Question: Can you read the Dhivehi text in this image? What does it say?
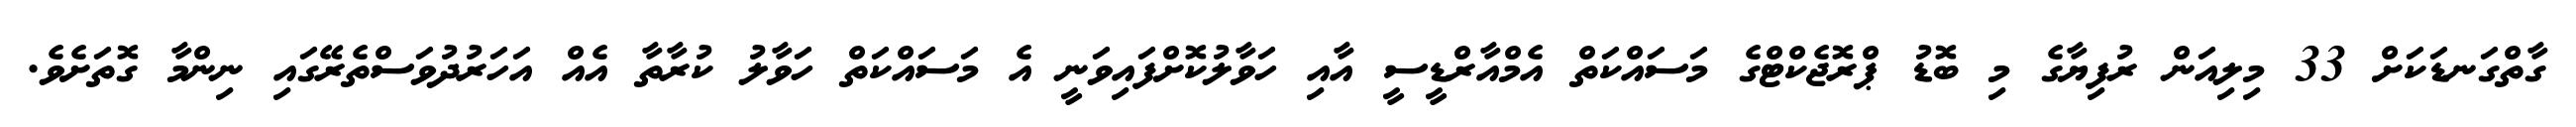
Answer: ގާތްގަނޑަކަށް 33 މިލިއަން ރުފިޔާގެ މި ބޮޑު ޕްރޮޖެކްޓްގެ މަސައްކަތް އެމްއާރްޑީސީ އާއި ހަވާލުކޮށްފައިވަނީ އެ މަސައްކަތް ހަވާލު ކުރާތާ އެއް އަހަރުދުވަސްތެރޭގައި ނިންމާ ގޮތަށެވެ.